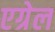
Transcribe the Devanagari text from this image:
एग्रेल